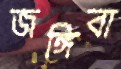
জঙ্গিবা